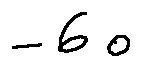
- 6 o